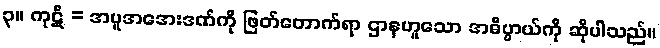
၃။ ကုဋိ = အပူအအေးဒဏ်ကို ဖြတ်တောက်ရာ ဌာနဟူသော အဓိပ္ပာယ်ကို ဆိုပါသည်။